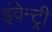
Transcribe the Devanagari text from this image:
इंवेन्ट्री